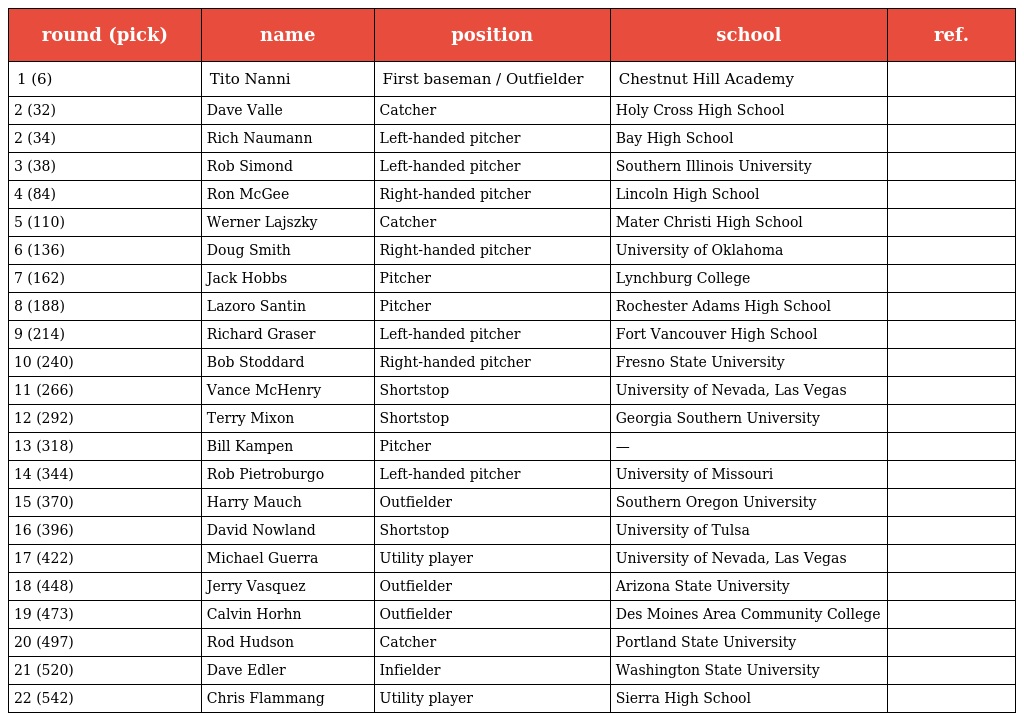
| round (pick) | name | position | school | ref. |
 | --- | --- | --- | --- | --- |
 | 1 (6) | Tito Nanni | First baseman / Outfielder | Chestnut Hill Academy |  |
 | 2 (32) | Dave Valle | Catcher | Holy Cross High School |  |
 | 2 (34) | Rich Naumann | Left-handed pitcher | Bay High School |  |
 | 3 (38) | Rob Simond | Left-handed pitcher | Southern Illinois University |  |
 | 4 (84) | Ron McGee | Right-handed pitcher | Lincoln High School |  |
 | 5 (110) | Werner Lajszky | Catcher | Mater Christi High School |  |
 | 6 (136) | Doug Smith | Right-handed pitcher | University of Oklahoma |  |
 | 7 (162) | Jack Hobbs | Pitcher | Lynchburg College |  |
 | 8 (188) | Lazoro Santin | Pitcher | Rochester Adams High School |  |
 | 9 (214) | Richard Graser | Left-handed pitcher | Fort Vancouver High School |  |
 | 10 (240) | Bob Stoddard | Right-handed pitcher | Fresno State University |  |
 | 11 (266) | Vance McHenry | Shortstop | University of Nevada, Las Vegas |  |
 | 12 (292) | Terry Mixon | Shortstop | Georgia Southern University |  |
 | 13 (318) | Bill Kampen | Pitcher | — |  |
 | 14 (344) | Rob Pietroburgo | Left-handed pitcher | University of Missouri |  |
 | 15 (370) | Harry Mauch | Outfielder | Southern Oregon University |  |
 | 16 (396) | David Nowland | Shortstop | University of Tulsa |  |
 | 17 (422) | Michael Guerra | Utility player | University of Nevada, Las Vegas |  |
 | 18 (448) | Jerry Vasquez | Outfielder | Arizona State University |  |
 | 19 (473) | Calvin Horhn | Outfielder | Des Moines Area Community College |  |
 | 20 (497) | Rod Hudson | Catcher | Portland State University |  |
 | 21 (520) | Dave Edler | Infielder | Washington State University |  |
 | 22 (542) | Chris Flammang | Utility player | Sierra High School |  |